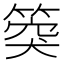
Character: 𥯝